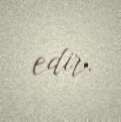
edir.